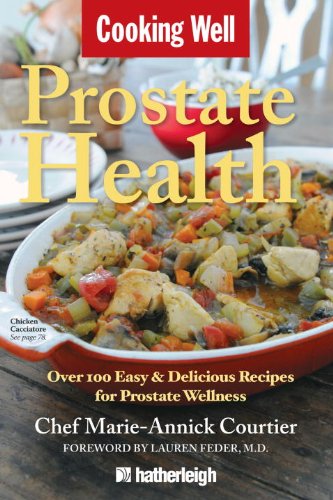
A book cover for Cooking Well: Prostate Health: Over 100 Easy & Delicious Recipes for Prostate Wellness; Health, Fitness & Dieting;